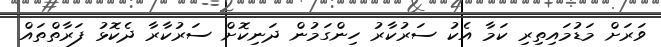
ވަރަށް މަޑުމައިތިރި ކަމާ އެކު ސަރުކާރު ހިންގަމުން ދަނިކޮށް ސަރުކާރާ ދެކޮޅު ފަރާތްތައް